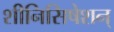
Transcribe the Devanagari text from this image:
शीनिसिषेशन्